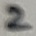
Text: 2